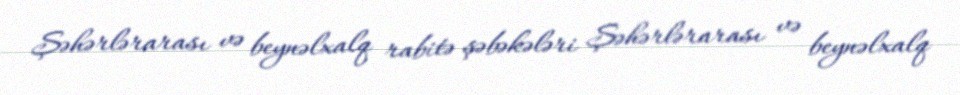
Şəhərlərarası və beynəlxalq rabitə şəbəkələri Şəhərlərarası və beynəlxalq